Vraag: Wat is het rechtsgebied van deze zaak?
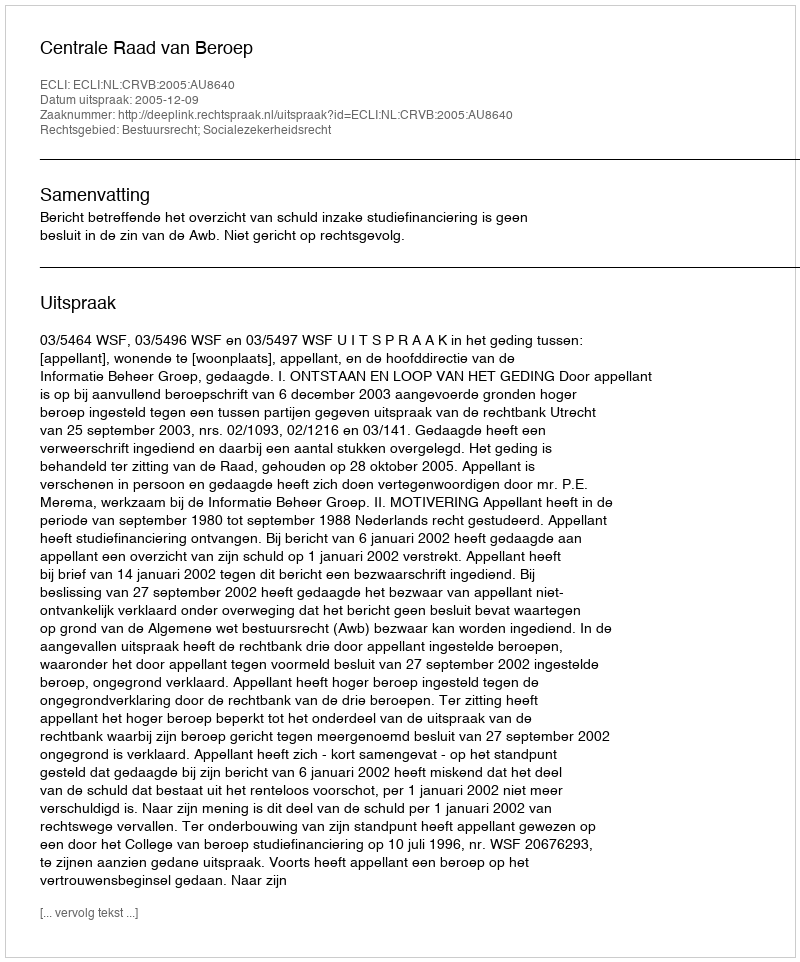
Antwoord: Bestuursrecht; Socialezekerheidsrecht